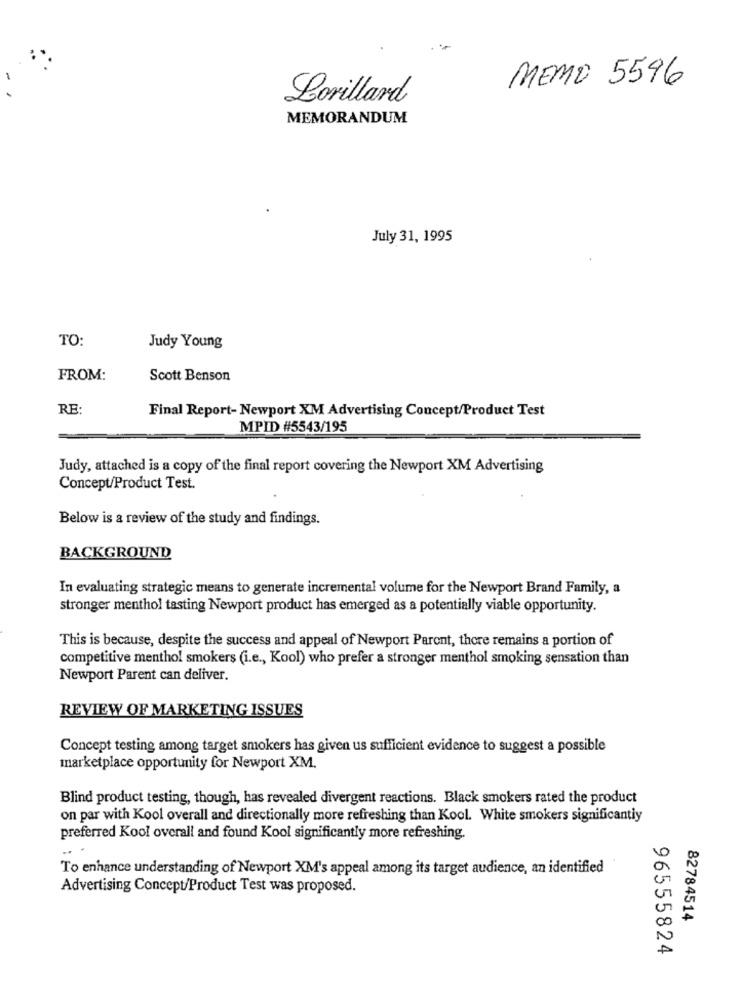
MEMO 5596
Lorillard
MEMORANDUM
July 31, 1995
TO:
Judy Young
FROM:
Scott Benson
RE:
Final Report- Newport XM Advertising Concept/Product Test
MPID #5543/195
Judy, attached is a copy of the final report covering the Newport XM Advertising
Concept/Product Test.
Below is a review of the study and findings.
BACKGROUND
In evaluating strategic means to generate incremental volume for the Newport Brand Family, a
stronger menthol tasting Newport product has emerged as a potentially viable opportunity.
This is because, despite the success and appeal of Newport Paront, there remains a portion of
competitive menthol smokers (i.e ., Kool) who prefer a stronger menthol smoking sensation than
Newport Parent can deliver.
REVIEW OF MARKETING ISSUES
Concept testing among target smokers has given us sufficient evidence to suggest a possible
marketplace opportunity for Newport XM.
Blind product testing, though, has revealed divergent reactions. Black smokers rated the product
on par with Kool overall and directionally more refreshing than Kool. White smokers significantly
preferred Kool overall and found Kool significantly more refreshing.
To enhance understanding of Newport XM's appeal among its target audience, an identified
Advertising Concept/Product Test was proposed.
82784514
96555824